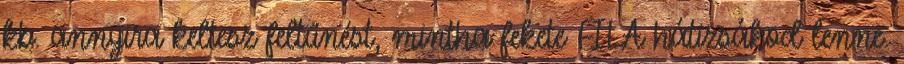
kb. annyira keltesz feltűnést, mintha fekete FILA hátizsákod lenne.